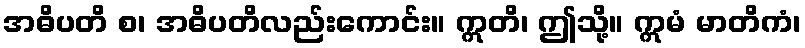
အဓိပတိ စ၊ အဓိပတိလည်းကောင်း။ ဣတိ၊ ဤသို့။ ဣမံ မာတိကံ၊